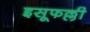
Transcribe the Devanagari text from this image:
इसूफल्ली